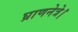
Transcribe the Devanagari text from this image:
घ्राणनेत्रे।